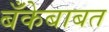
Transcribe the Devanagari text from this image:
बँकेबाबत